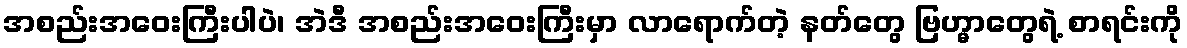
အစည်းအဝေးကြီးပါပဲ၊ အဲဒီ အစည်းအဝေးကြီးမှာ လာရောက်တဲ့ နတ်တွေ ဗြဟ္မာတွေရဲ့ စာရင်းကို